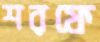
শরফে